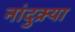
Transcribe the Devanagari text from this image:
नांदुक्र्या